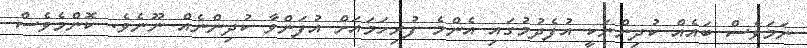
ނަމަވެސް ބައެއް ކުދިންނަކީ އުފެދުމުގައި އެންމެ ފުރިހަމައަށް އުފަންވާ ކުދިންނެއް ނޫނެވެ. ކޮންމެވެސް